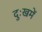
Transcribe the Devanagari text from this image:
दुःखमें